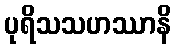
ပုရိသသဟဿာနိ